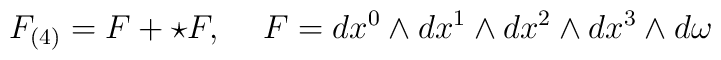
F_{(4)}=  F +\star F, \hspace{0.5cm} F= dx^{0}\wedge dx^{1}\wedge dx^{2}\wedge dx^{3}\wedge d\omega